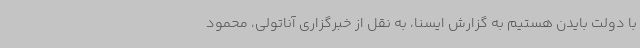
با دولت بایدن هستیم به گزارش ایسنا، به نقل از خبرگزاری آناتولی، محمود